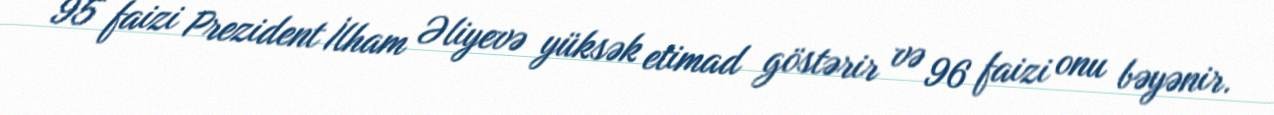
95 faizi Prezident İlham Əliyevə yüksək etimad göstərir və 96 faizi onu bəyənir.